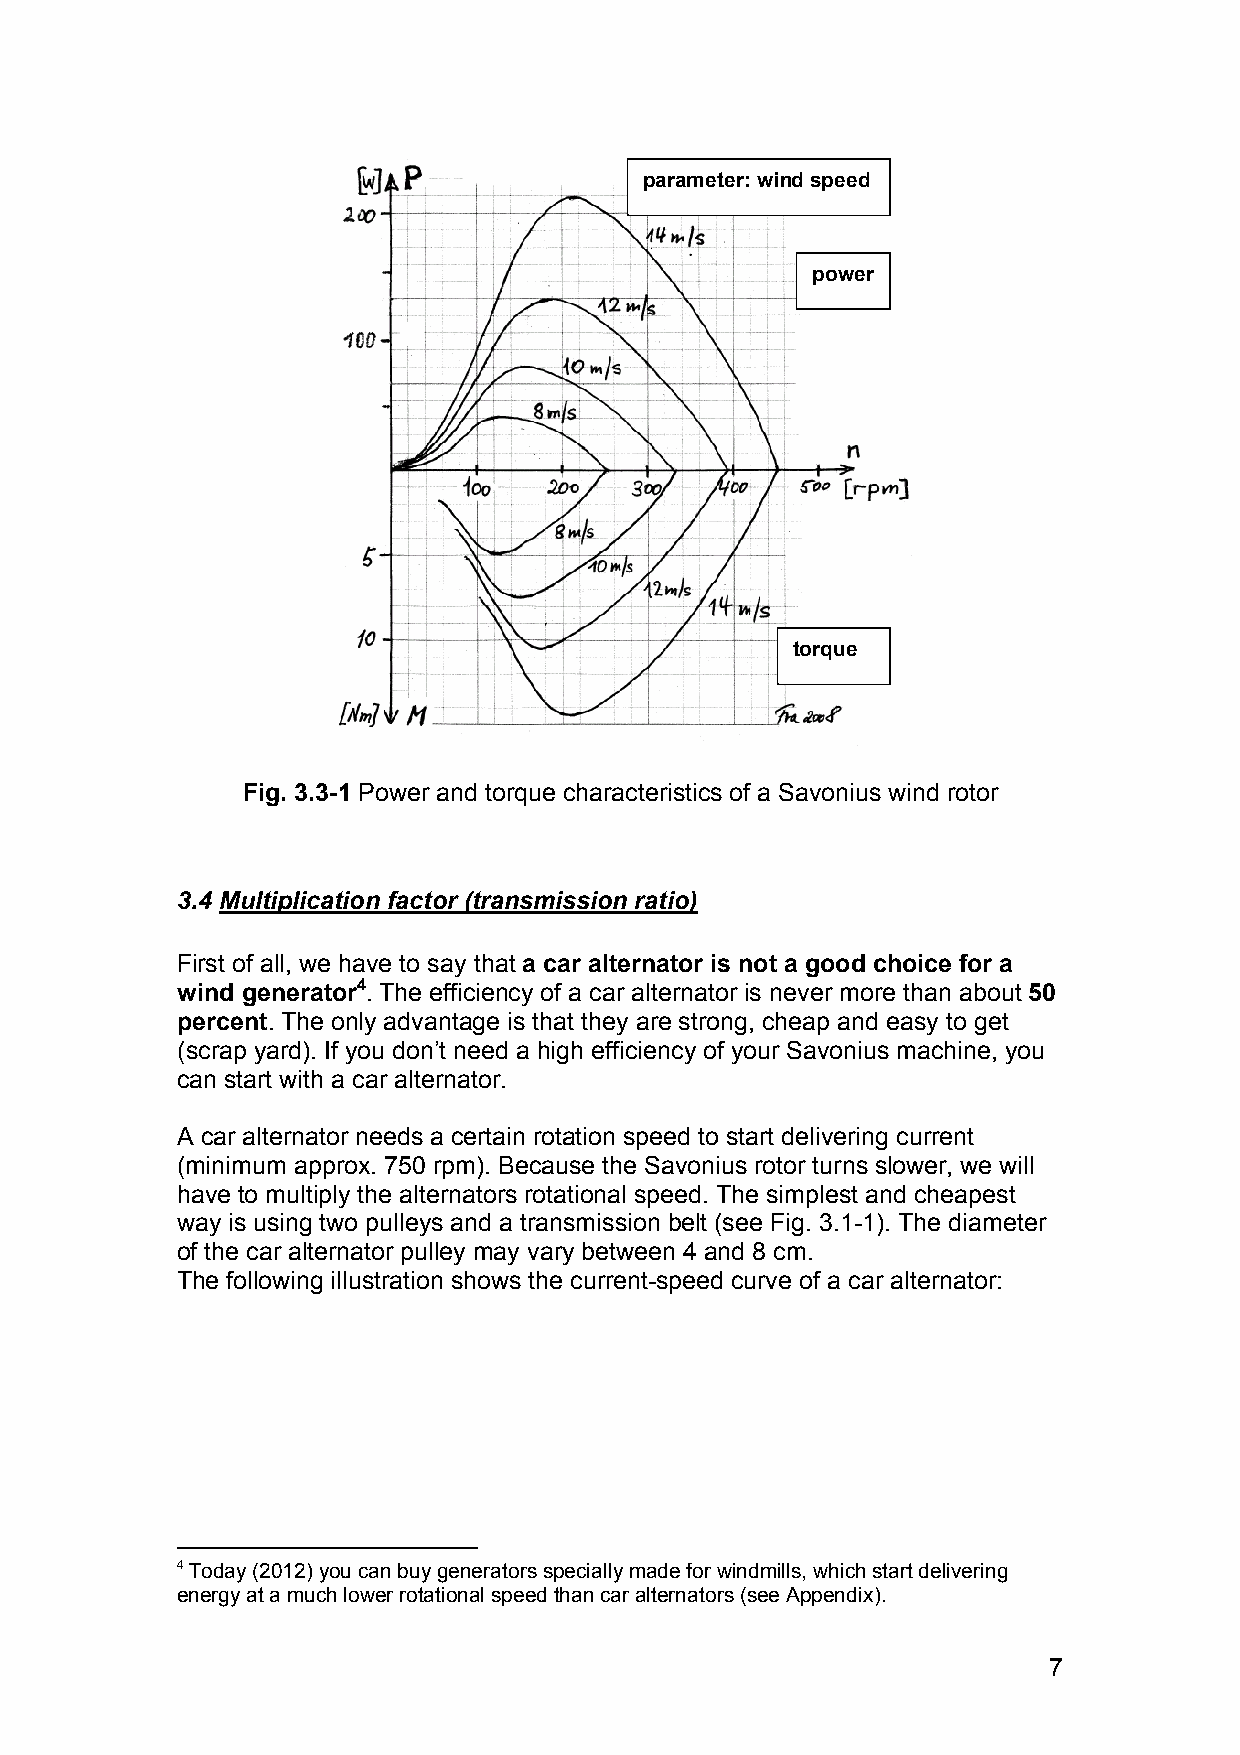
parameter: wind speed
 power
 torque
 Fig. 3.3-1 Power and torque characteristics of a Savonius wind rotor
 3.4 Multiplication factor (transmission ratio)
 First of all, we have to say that a car alternator is not a good choice for a
 wind generator4. The efficiency of a car alternator is never more than about 50
 percent. The only advantage is that they are strong, cheap and easy to get
 (scrap yard). If you don’t need a high efficiency of your Savonius machine, you
 can start with a car alternator.
 A car alternator needs a certain rotation speed to start delivering current
 (minimum approx. 750 rpm). Because the Savonius rotor turns slower, we will
 have to multiply the alternators rotational speed. The simplest and cheapest
 way is using two pulleys and a transmission belt (see Fig. 3.1-1). The diameter
 of the car alternator pulley may vary between 4 and 8 cm.
 The following illustration shows the current-speed curve of a car alternator:
 4 Today (2012) you can buy generators specially made for windmills, which start delivering
 energy at a much lower rotational speed than car alternators (see Appendix).
 7